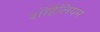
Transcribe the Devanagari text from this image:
शीहैलियन